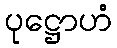
ပုဋ္ဌောဟံ